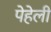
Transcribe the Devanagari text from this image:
पेहेली